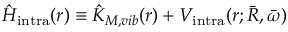
\hat { H } _ { \mathrm { i n t r a } } ( r ) \equiv \hat { K } _ { M , v i b } ( r ) + V _ { \mathrm { i n t r a } } ( r ; \bar { R } , \bar { \omega } )